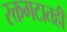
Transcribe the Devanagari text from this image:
रक्तगटातही